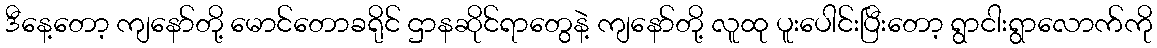
ဒီနေ့တော့ ကျနော်တို့ မောင်တောခရိုင် ဌာနဆိုင်ရာတွေနဲ့ ကျနော်တို့ လူထု ပူးပေါင်းပြီးတော့ ရွာငါးရွာလောက်ကို